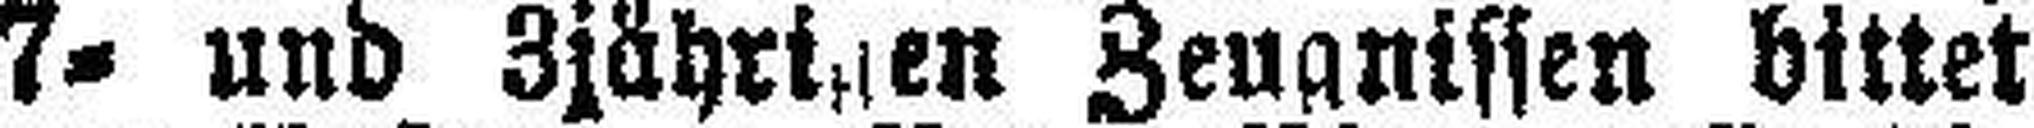
7= und 3jährigen Zeugnissen bittet